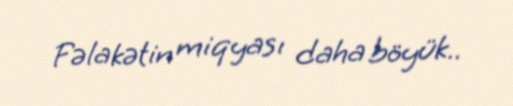
Fəlakətin miqyası daha böyük..